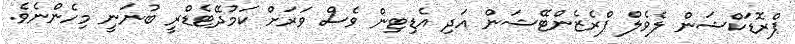
ޕްރޮޑަކްޝަން ލެވެލް ޕްރެޒެންޓޭޝަން އަދި އެޑިޓިން ވެސް ވަރަށް ކަމުދޭޓެޑްރީ ބުނަނީ މިހެންނެވެ.